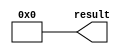
// megafunction wizard: %LPM_CONSTANT%
// GENERATION: STANDARD
// VERSION: WM1.0
// MODULE: LPM_CONSTANT 

// ============================================================
// Megafunction Name(s):
// 			LPM_CONSTANT
//
// Simulation Library Files(s):
// 			
// ============================================================
// ************************************************************
// THIS IS A WIZARD-GENERATED FILE. DO NOT EDIT THIS FILE!
//
// 21.1.1 Build 850 06/23/2022 SJ Lite Edition
// ************************************************************


//Copyright (C) 2022  Intel Corporation. All rights reserved.
//Your use of Intel Corporation's design tools, logic functions 
//and other software and tools, and any partner logic 
//functions, and any output files from any of the foregoing 
//(including device programming or simulation files), and any 
//associated documentation or information are expressly subject 
//to the terms and conditions of the Intel Program License 
//Subscription Agreement, the Intel Quartus Prime License Agreement,
//the Intel FPGA IP License Agreement, or other applicable license
//agreement, including, without limitation, that your use is for
//the sole purpose of programming logic devices manufactured by
//Intel and sold by Intel or its authorized distributors.  Please
//refer to the applicable agreement for further details, at
//https://fpgasoftware.intel.com/eula.


//lpm_constant CBX_AUTO_BLACKBOX="ALL" ENABLE_RUNTIME_MOD="NO" LPM_CVALUE=0000000000000 LPM_WIDTH=52 result
//VERSION_BEGIN 21.1 cbx_lpm_constant 2022:06:23:22:02:32:SJ cbx_mgl 2022:06:23:22:26:17:SJ  VERSION_END
// synthesis VERILOG_INPUT_VERSION VERILOG_2001
// altera message_off 10463


//synthesis_resources = 
//synopsys translate_off
`timescale 1 ps / 1 ps
//synopsys translate_on
module  lpm_constant3_lpm_constant_d89
	( 
	result) ;
	output   [51:0]  result;


	assign
		result = {52{1'b0}};
endmodule //lpm_constant3_lpm_constant_d89
//VALID FILE


// synopsys translate_off
`timescale 1 ps / 1 ps
// synopsys translate_on
module lpm_constant3 (
	result);

	output	[51:0]  result;

	wire [51:0] sub_wire0;
	wire [51:0] result = sub_wire0[51:0];

	lpm_constant3_lpm_constant_d89	lpm_constant3_lpm_constant_d89_component (
				.result (sub_wire0));

endmodule

// ============================================================
// CNX file retrieval info
// ============================================================
// Retrieval info: PRIVATE: INTENDED_DEVICE_FAMILY STRING "Cyclone IV E"
// Retrieval info: PRIVATE: JTAG_ENABLED NUMERIC "0"
// Retrieval info: PRIVATE: JTAG_ID STRING "NONE"
// Retrieval info: PRIVATE: Radix NUMERIC "10"
// Retrieval info: PRIVATE: SYNTH_WRAPPER_GEN_POSTFIX STRING "0"
// Retrieval info: PRIVATE: Value NUMERIC "0"
// Retrieval info: PRIVATE: nBit NUMERIC "52"
// Retrieval info: PRIVATE: new_diagram STRING "1"
// Retrieval info: LIBRARY: lpm lpm.lpm_components.all
// Retrieval info: CONSTANT: LPM_CVALUE NUMERIC "0"
// Retrieval info: CONSTANT: LPM_HINT STRING "ENABLE_RUNTIME_MOD=NO"
// Retrieval info: CONSTANT: LPM_TYPE STRING "LPM_CONSTANT"
// Retrieval info: CONSTANT: LPM_WIDTH NUMERIC "52"
// Retrieval info: USED_PORT: result 0 0 52 0 OUTPUT NODEFVAL "result[51..0]"
// Retrieval info: CONNECT: result 0 0 52 0 @result 0 0 52 0
// Retrieval info: GEN_FILE: TYPE_NORMAL lpm_constant3.v TRUE
// Retrieval info: GEN_FILE: TYPE_NORMAL lpm_constant3.inc FALSE
// Retrieval info: GEN_FILE: TYPE_NORMAL lpm_constant3.cmp FALSE
// Retrieval info: GEN_FILE: TYPE_NORMAL lpm_constant3.bsf TRUE
// Retrieval info: GEN_FILE: TYPE_NORMAL lpm_constant3_inst.v FALSE
// Retrieval info: GEN_FILE: TYPE_NORMAL lpm_constant3_bb.v FALSE